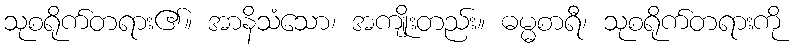
သုစရိုက်တရား၏။ အာနိသံသော၊ အကျိုးတည်း။ ဓမ္မစာရီ၊ သုစရိုက်တရားကို